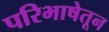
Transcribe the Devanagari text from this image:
परिभाषेतून